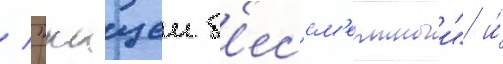
/ "кащеи б'ессм'ертныи" и́